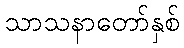
သာသနာတော်နှစ်